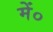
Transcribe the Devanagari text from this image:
में०